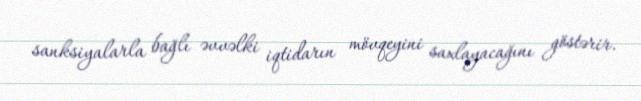
sanksiyalarla bağlı əvvəlki iqtidarın mövqeyini saxlayacağını göstərir.